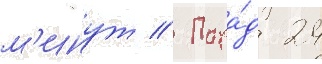
м'инут // Пара́д 24